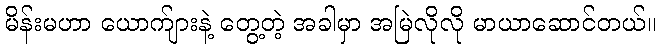
မိန်းမဟာ ယောက်ျားနဲ့ တွေ့တဲ့ အခါမှာ အမြဲလိုလို မာယာဆောင်တယ်။